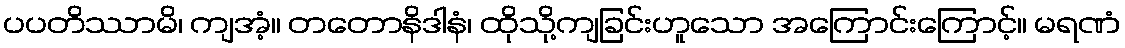
ပပတိဿာမိ၊ ကျအံ့။ တတောနိဒါနံ၊ ထိုသို့ကျခြင်းဟူသော အကြောင်းကြောင့်။ မရဏံ